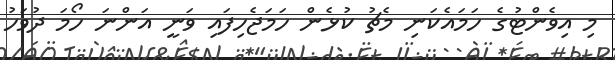
މި އިވެންޓުގެ ހަމައެކަނި މެޗު ކުޅެން ހަމަޖެހިފައި ވަނީ އަންނަ ހޯމަ ދުވަހު